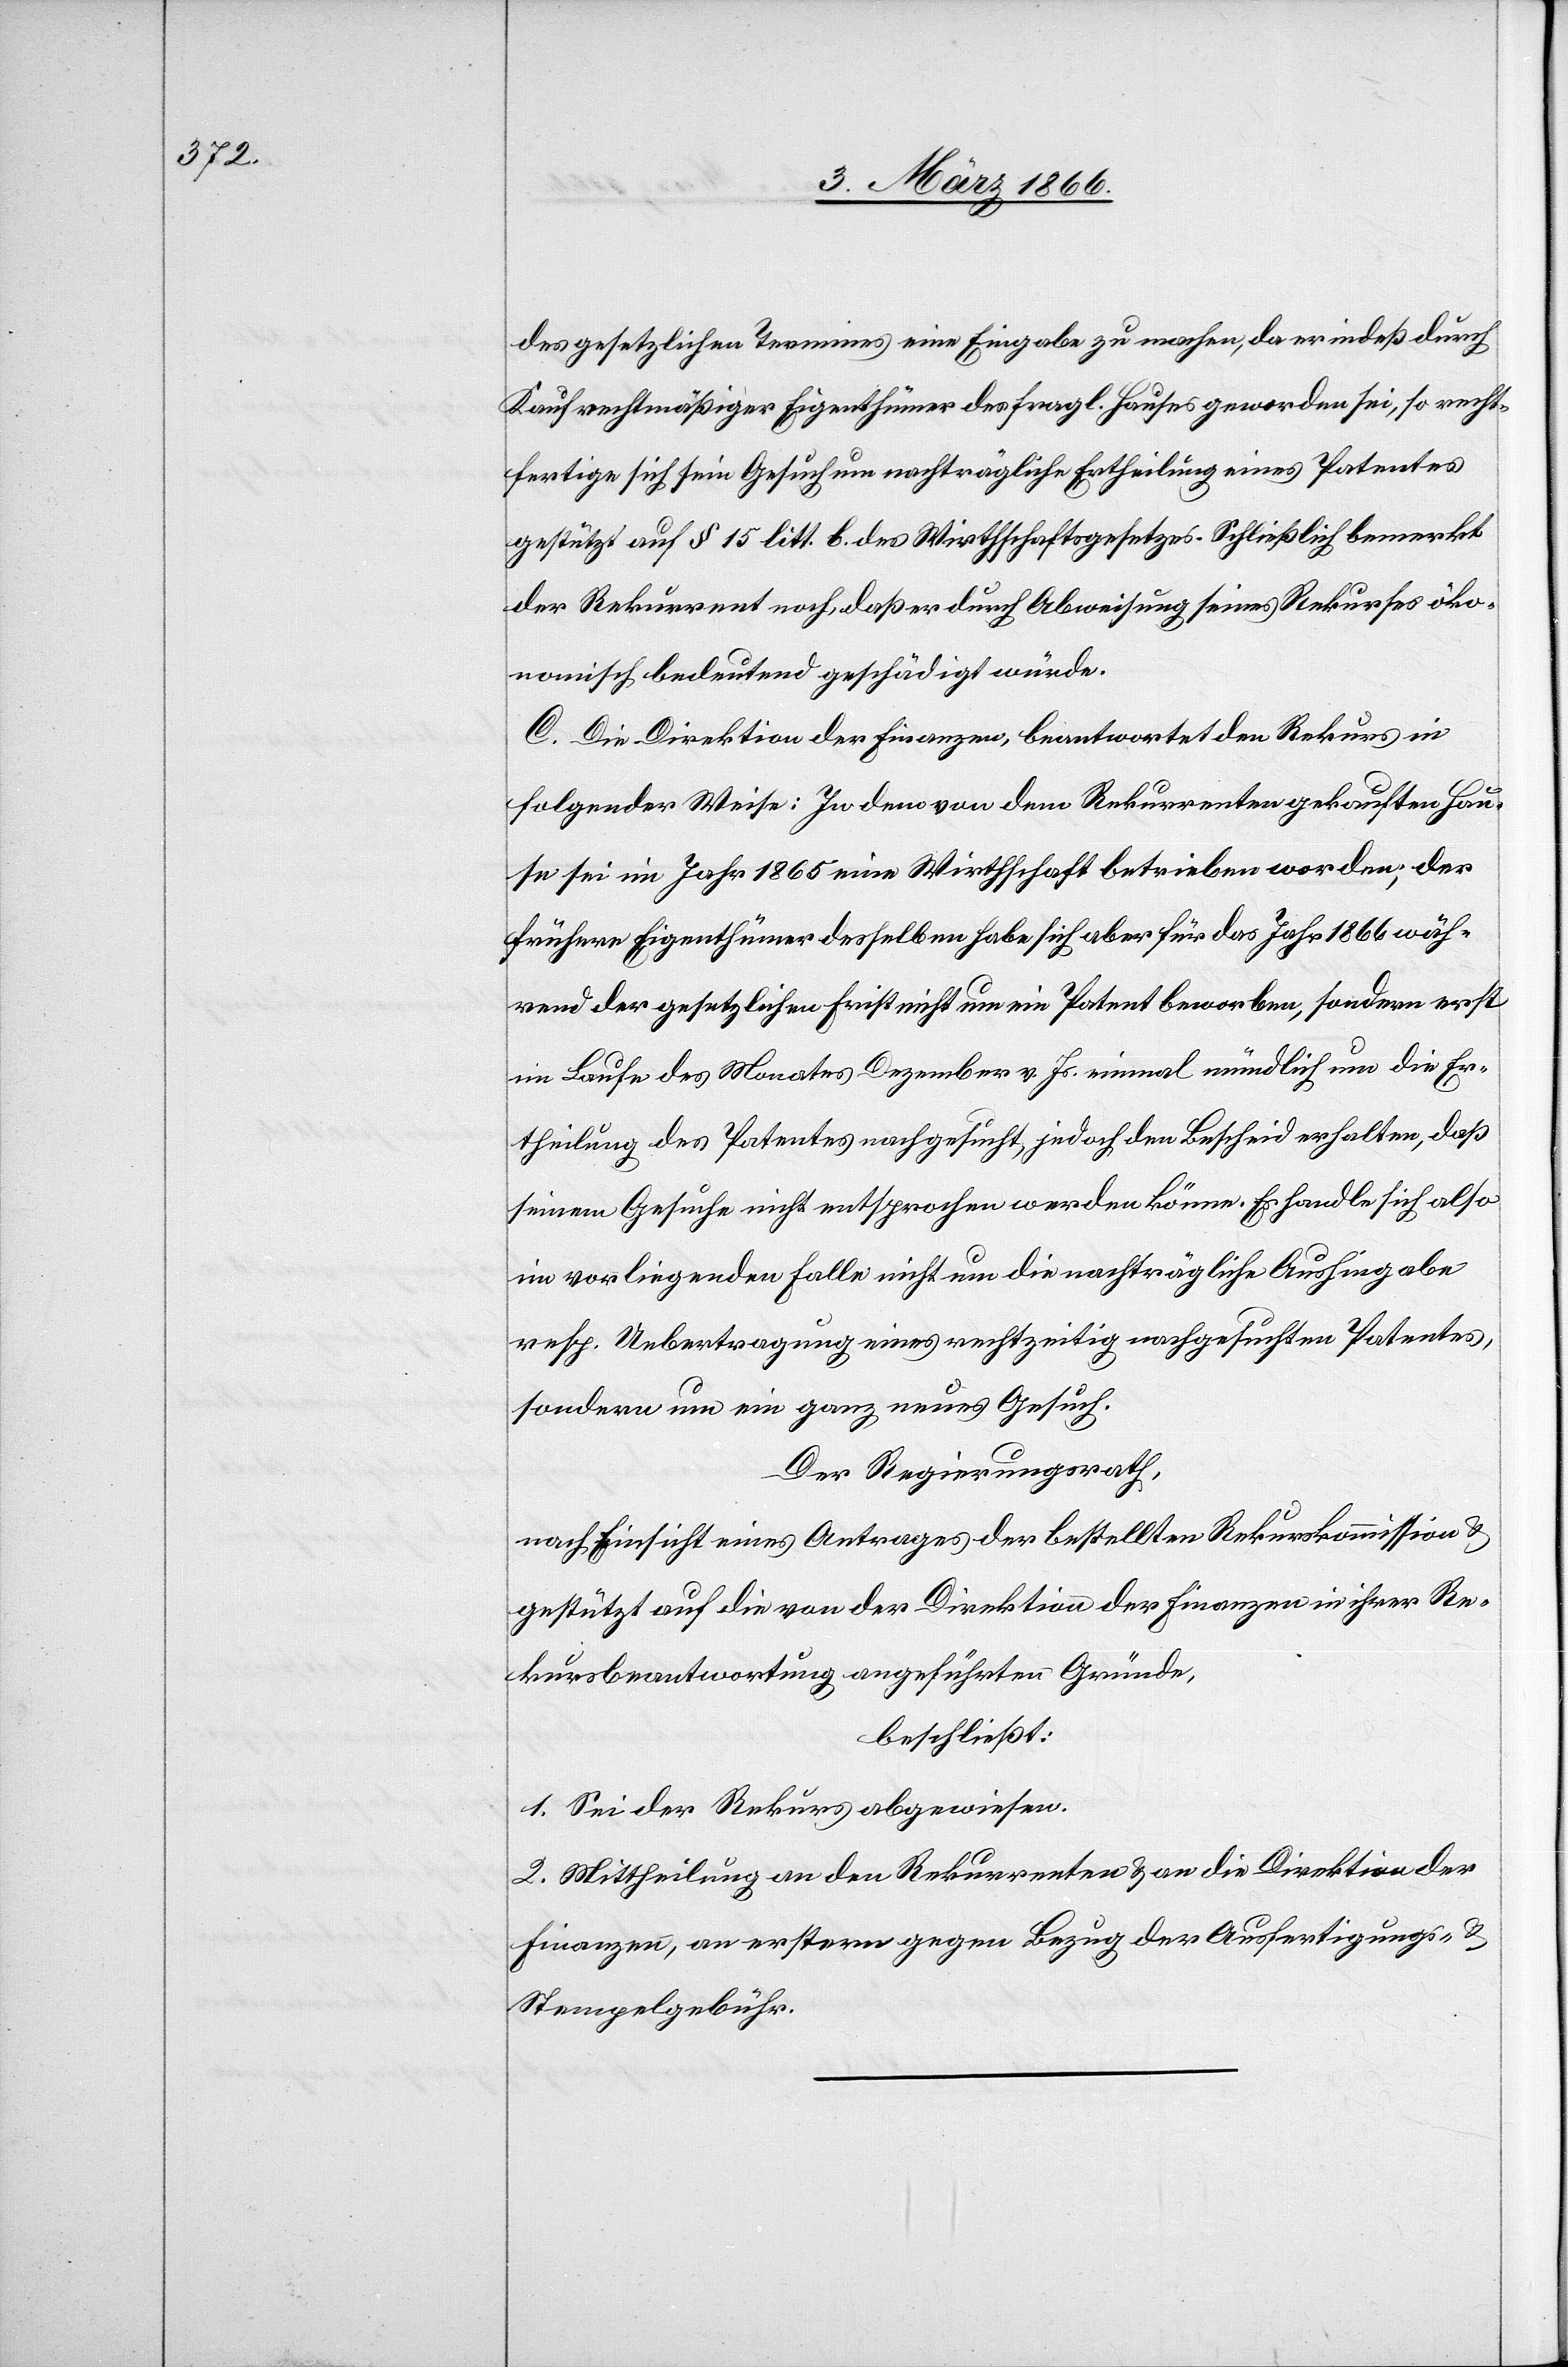
des gesetzlichen Termines eine Eingabe zu machen, da er indeß durch
Kauf rechtmäßiger Eigenthümer des fragl. Hauses geworden sei, so recht¬
fertige sich sein Gesuch um nachträgliche Ertheilung eines Patentes
gestützt auf § 15 litt. b des Wirthschaftsgesetzes. Schließlich bemerkt
der Rekurrent noch, daß er durch Abweisung seines Rekurses öko¬
nomisch bedeutend geschädigt würde.
C. Die Direktion der Finanzen, beantwortet den Rekurs in
folgender Weise: In dem von dem Rekurrenten gekauften Hau¬
se sei im Jahr 1865 eine Wirthschaft betrieben worden; der
frühere Eigenthümer desselben habe sich aber für das Jahr 1866 wäh¬
rend der gesetzlichen Frist nicht um ein Patent beworben, sondern erst
im Laufe des Monates Dezember v. Js. einmal mündlich um die Er¬
theilung des Patentes nachgesucht, jedoch den Bescheid erhalten, daß
seinem Gesuche nicht entsprochen werden könne. Es handle sich also
im vorliegenden Falle nicht um die nachträgliche Aushingabe
resp. Uebertragung eines rechtzeitig nachgesuchten Patentes,
sondern um ein ganz neues Gesuch.
Der Regierungsrath,
nach Einsicht eines Antrages der bestellten Rekurskommission u.
gestützt auf die von der Direktion der Finanzen in ihrer Re¬
kursbeantwortung angeführten Gründe,
beschließt:
1. Sei der Rekurs abgewiesen.
2. Mittheilung an den Rekurrenten u. an die Direktion der
Finanzen, an erstern gegen Bezug der Ausfertigungsgebühren.